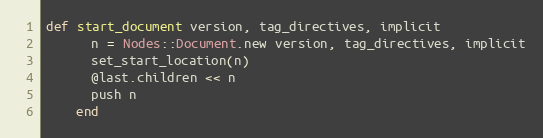
Language: Ruby
def start_document version, tag_directives, implicit
      n = Nodes::Document.new version, tag_directives, implicit
      set_start_location(n)
      @last.children << n
      push n
    end